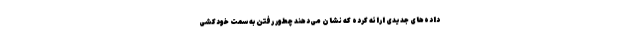
داده‌های جدیدی ارائه کرده که نشان می‌دهند چطور رفتن به‌سمت خودکشی